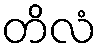
တိလံ